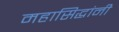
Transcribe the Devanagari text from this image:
महासिद्धांनी